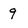
Character: 9